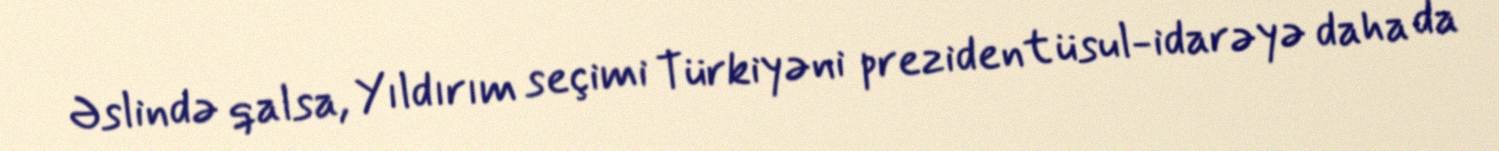
Əslində qalsa, Yıldırım seçimi Türkiyəni prezident üsul-idarəyə daha da